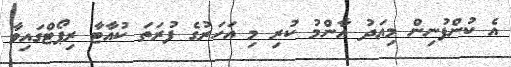
އެ ކުންފުނިން މިއަދު އާންމު ކުރި މި އަހަރުގެ ފުރަތަ ކުއާޓާ ރިޕޯޓްގައިވާ